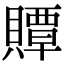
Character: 贉